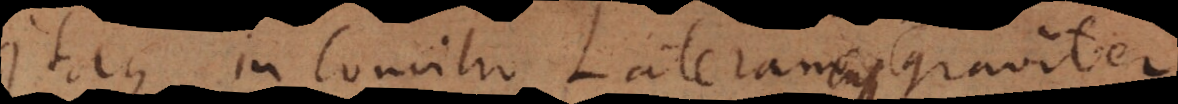
Itaque in Concilio Lateranensi graviter